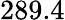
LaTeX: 289.4